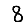
Digit: 8